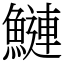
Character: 鰱